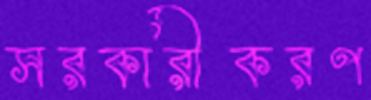
সরকারীকরণ